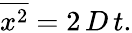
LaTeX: {\overline{{x^{2}}}}=2\, D\, t.